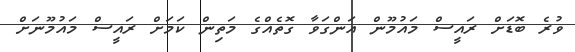
ވުރެ ބޮޑަށް ރައީސް މައުމޫން އަންގަވާ ގޮތެއްގެ މަތިން ކަމަށް ރައީސް މައުމޫނަށް